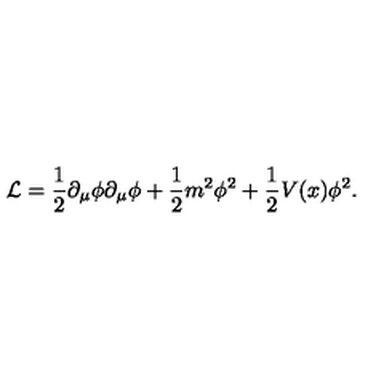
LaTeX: { \cal L } = \frac { 1 } { 2 } \partial _ { \mu } \phi \partial _ { \mu } \phi + \frac { 1 } { 2 } m ^ { 2 } \phi ^ { 2 } + \frac { 1 } { 2 } V ( x ) \phi ^ { 2 } .